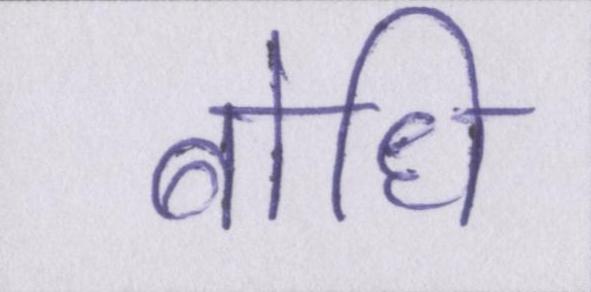
बोधि